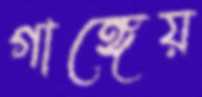
গাঙ্গেয়